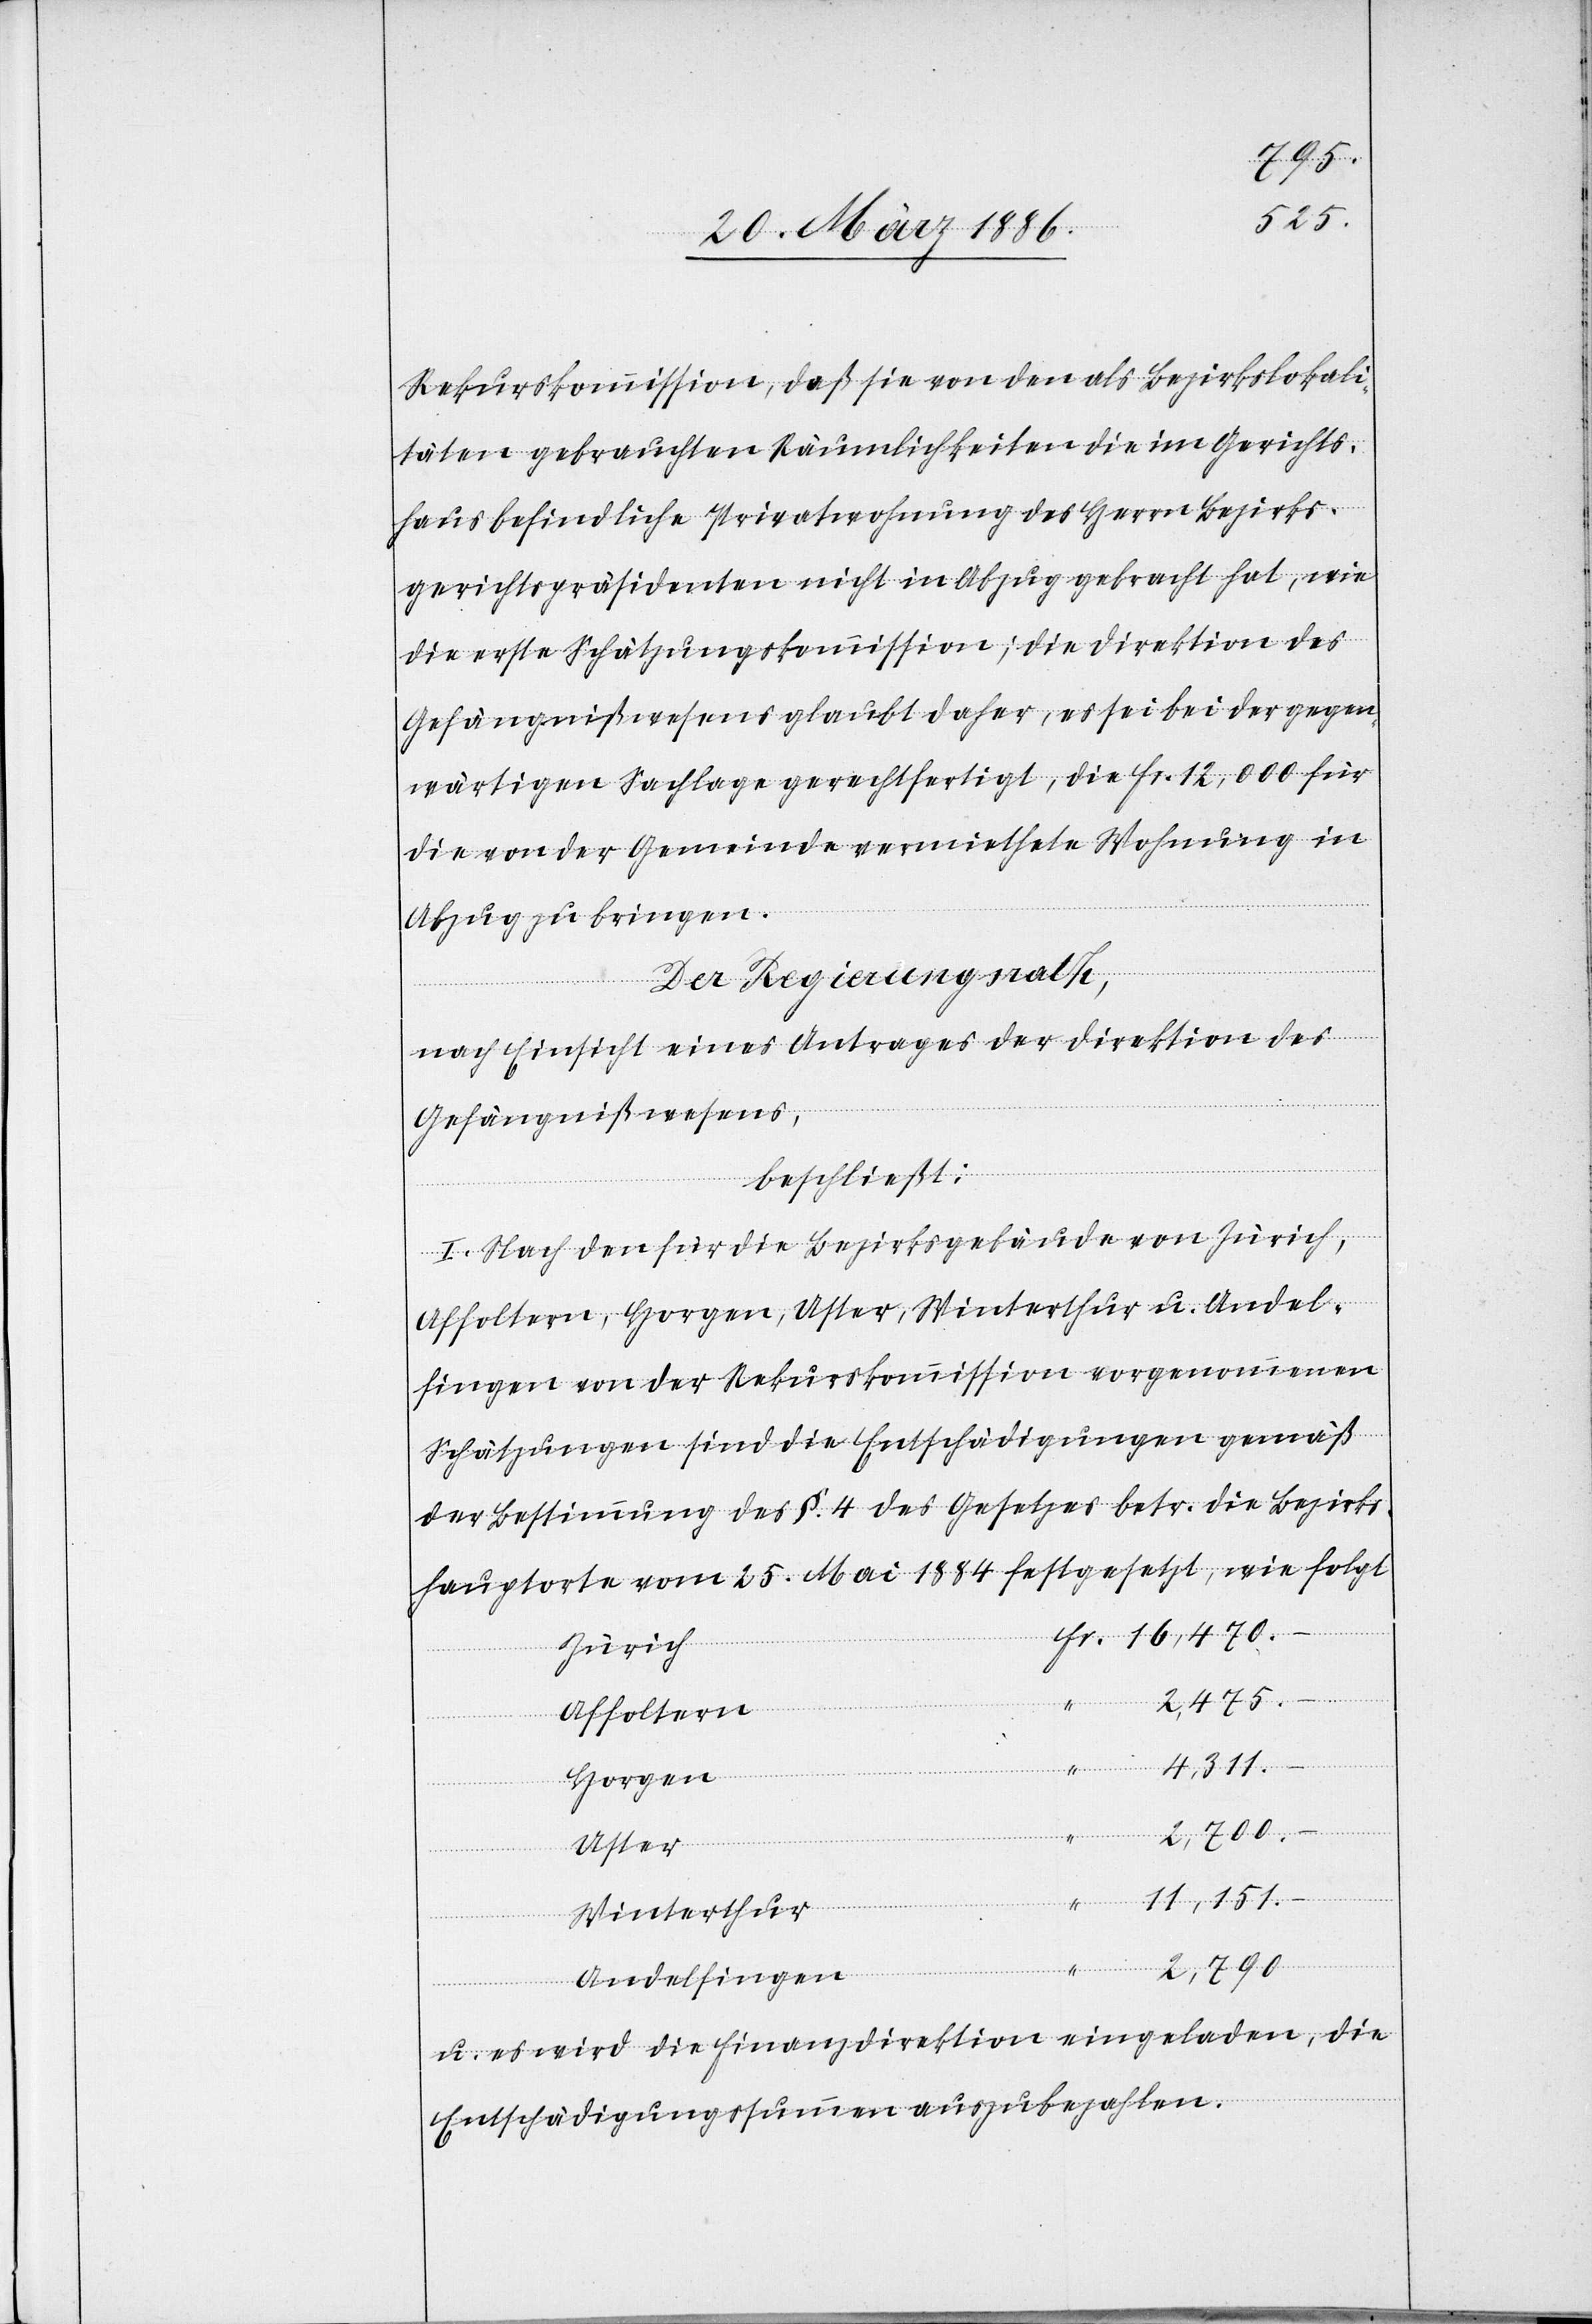
Rekurskommission, daß sie von den als Bezirkslokali¬
täten gebrauchten Räumlichkeiten die im Gerichts¬
haus befindliche Privatwohnung des Herrn Bezirks¬
gerichtspräsidenten nicht in Abzug gebracht hat, wie
die erste Schätzungskommission; die Direktion des
Gefängnißwesens glaubt daher, es sei bei der gegen¬
wärtigen Sachlage gerechtfertigt, die Fr. 12,000 für
die von der Gemeinde vermiethete Wohnung in
Abzug zu bringen.
Der Regierungsrath,
nach Einsicht eines Antrages der Direktion des
Gefängnißwesens,
beschließt:
I. Nach den für die Bezirksgebäude von Zürich,
Affoltern, Horgen, Uster, Winterthur, u. Andel¬
fingen von der Rekurskommission vorgenommenen
Schätzungen sind die Entschädigungen gemäß
der Bestimmung des §. 4 des Gesetzes betr. die Bezirks¬
hauptorte vom 25. Mai 1884 festgesetzt, wie folgt:
Zürich
Fr.
2,475.
Affoltern
4,311.
Horgen
Uster
“
11,151.
Winterthur
2,790.
Andelfingen
u. es wird die Finanzdirektion eingeladen, die
Entschädigungssumme auszubezahlen.